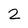
Character: 2